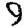
Digit: 9